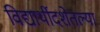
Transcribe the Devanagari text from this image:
विद्यार्थीदशेतल्या